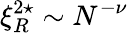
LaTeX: \xi_{R}^{2\star}\sim N^{-\nu}